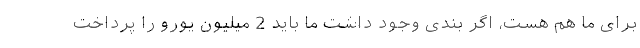
برای ما هم هست، اگر بندی وجود داشت ما باید 2 میلیون یورو را پرداخت